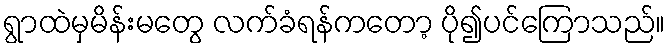
ရွာထဲမှမိန်းမတွေ လက်ခံရန်ကတော့ ပို၍ပင်ကြောသည်။